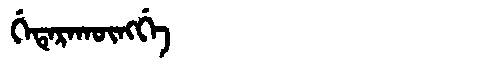
Manchu: ᡤᡝᡨᡝᡵᠠᡴᡡᠩᡤᡝ
Romanization: GETERAKŪNGGE